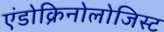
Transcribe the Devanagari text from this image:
एंडोक्रिनोलोजिस्ट